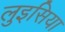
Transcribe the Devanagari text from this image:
लुइसिया